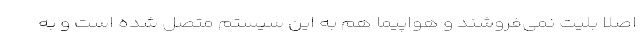
اصلاً بلیت نمی‌فروشند و هواپیما هم به این سیستم متصل شده است و به